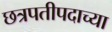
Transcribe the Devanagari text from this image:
छत्रपतीपदाच्या